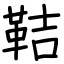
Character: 鞊